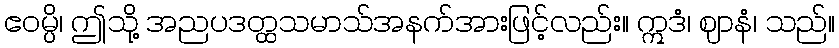
ဧဝမ္ပိ၊ ဤသို့ အညပဒတ္ထသမာသ်အနက်အားဖြင့်လည်း။ ဣဒံ၊ ဈာနံ၊ သည်။